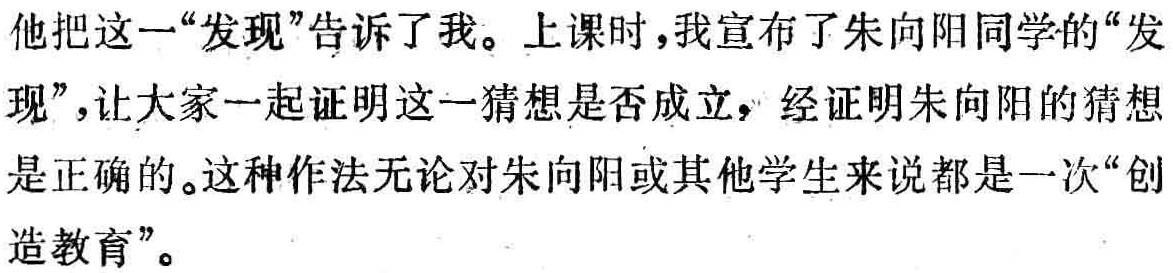
他把这一“发现”告诉了我。上课时，我宣布了朱向阳同学的“发现”，让大家一起证明这一猜想是否成立，经证明朱向阳的猜想是正确的。这种作法无论对朱向阳或其他学生来说都是一次“创造教育”。